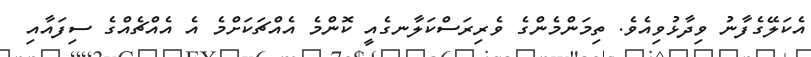
އެކަލޭގެފާނު ވިދާޅުވިއެވެ. ތިމަންމެންގެ ވެރިރަސްކަލާނގެއީ ކޮންމެ އެއްޗަކަށްމެ އެ އެއްޗެއްގެ ސިފައާއި